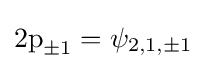
2{\text{p}}_{\pm 1}=\psi _{2,1,\pm 1}